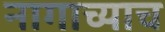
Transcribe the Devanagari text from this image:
नागाच्याच